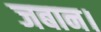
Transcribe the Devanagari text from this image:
जबान।